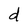
Character: d